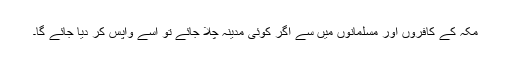
مکہ کے کافروں اور مسلمانوں میں سے اگر کوئی مدینہ چلا جائے تو اسے واپس کر دیا جائے گا۔